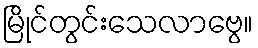
မြိုင်တွင်းသေလာဗွေ။